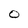
Character: O